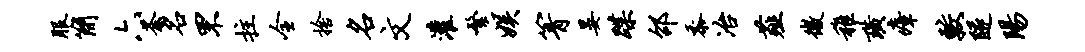
服简六荼名罘拄全舍名文灌繁娱箐晏蹀邵黍冶薤微稚璜瘴较隧阳